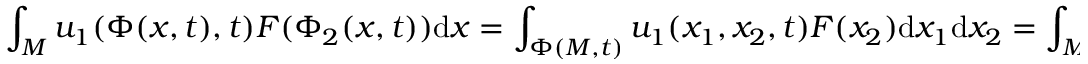
\int _ { M } u _ { 1 } ( \Phi ( x , t ) , t ) F ( \Phi _ { 2 } ( x , t ) ) \mathrm { d } x = \int _ { \Phi ( M , t ) } u _ { 1 } ( x _ { 1 } , x _ { 2 } , t ) F ( x _ { 2 } ) \mathrm { d } x _ { 1 } \mathrm { d } x _ { 2 } = \int _ { M } u _ { 1 } ( x _ { 1 } , x _ { 2 } , t ) F ( x _ { 2 } ) \mathrm { d } x _ { 1 } \mathrm { d } x _ { 2 }